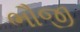
ભૌજી